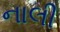
નાલી